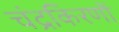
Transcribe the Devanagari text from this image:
चंद्रकिरणों